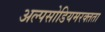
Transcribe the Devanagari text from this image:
अल्पसोडियमरक्तता